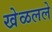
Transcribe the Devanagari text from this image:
खेळलले